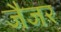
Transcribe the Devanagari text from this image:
जैजर